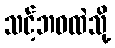
သင့်ဘဝထဲသို့